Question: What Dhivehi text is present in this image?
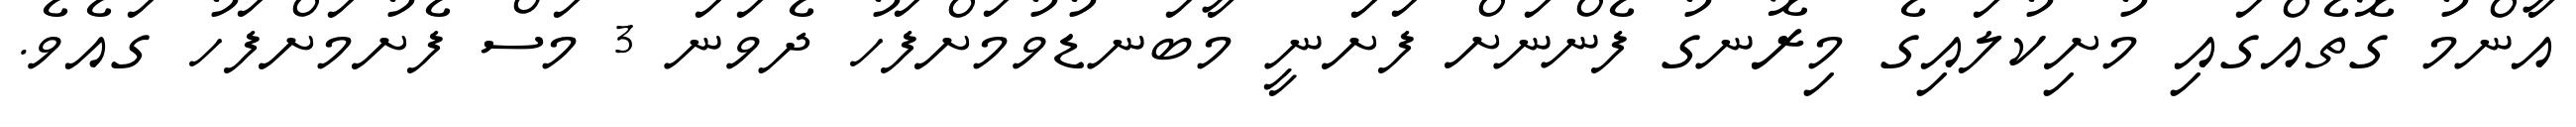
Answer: އާންމު ގޮތެއްގައި މުށިކުލައިގެ މިރޮނގު ފެންނަށް ފަށަނީ މާބަނޑުވުމަށްފަހު ދެވަނަ 3 މަސް ފެށުމަށްފަހު ގައެވެ.